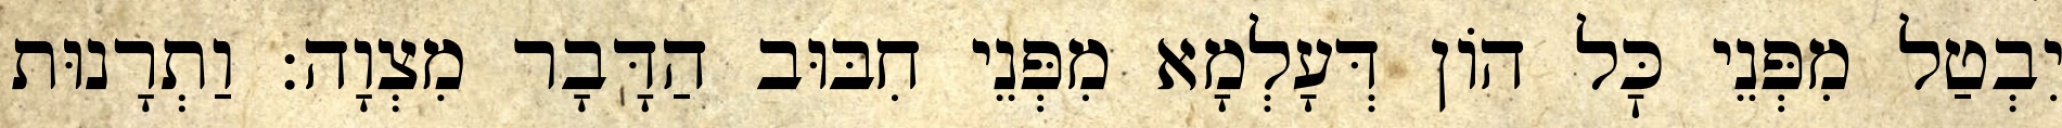
יִבְטַל מִפְּנֵי כׇּל הוֹן דְּעָלְמָא מִפְּנֵי חִבּוּב הַדָּבָר מִצְוָה: וַתְרָנוּת